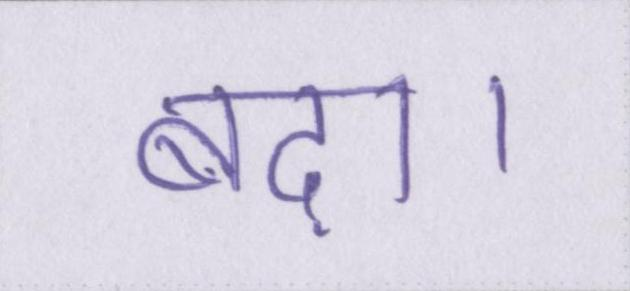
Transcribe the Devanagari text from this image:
बढ़ा।